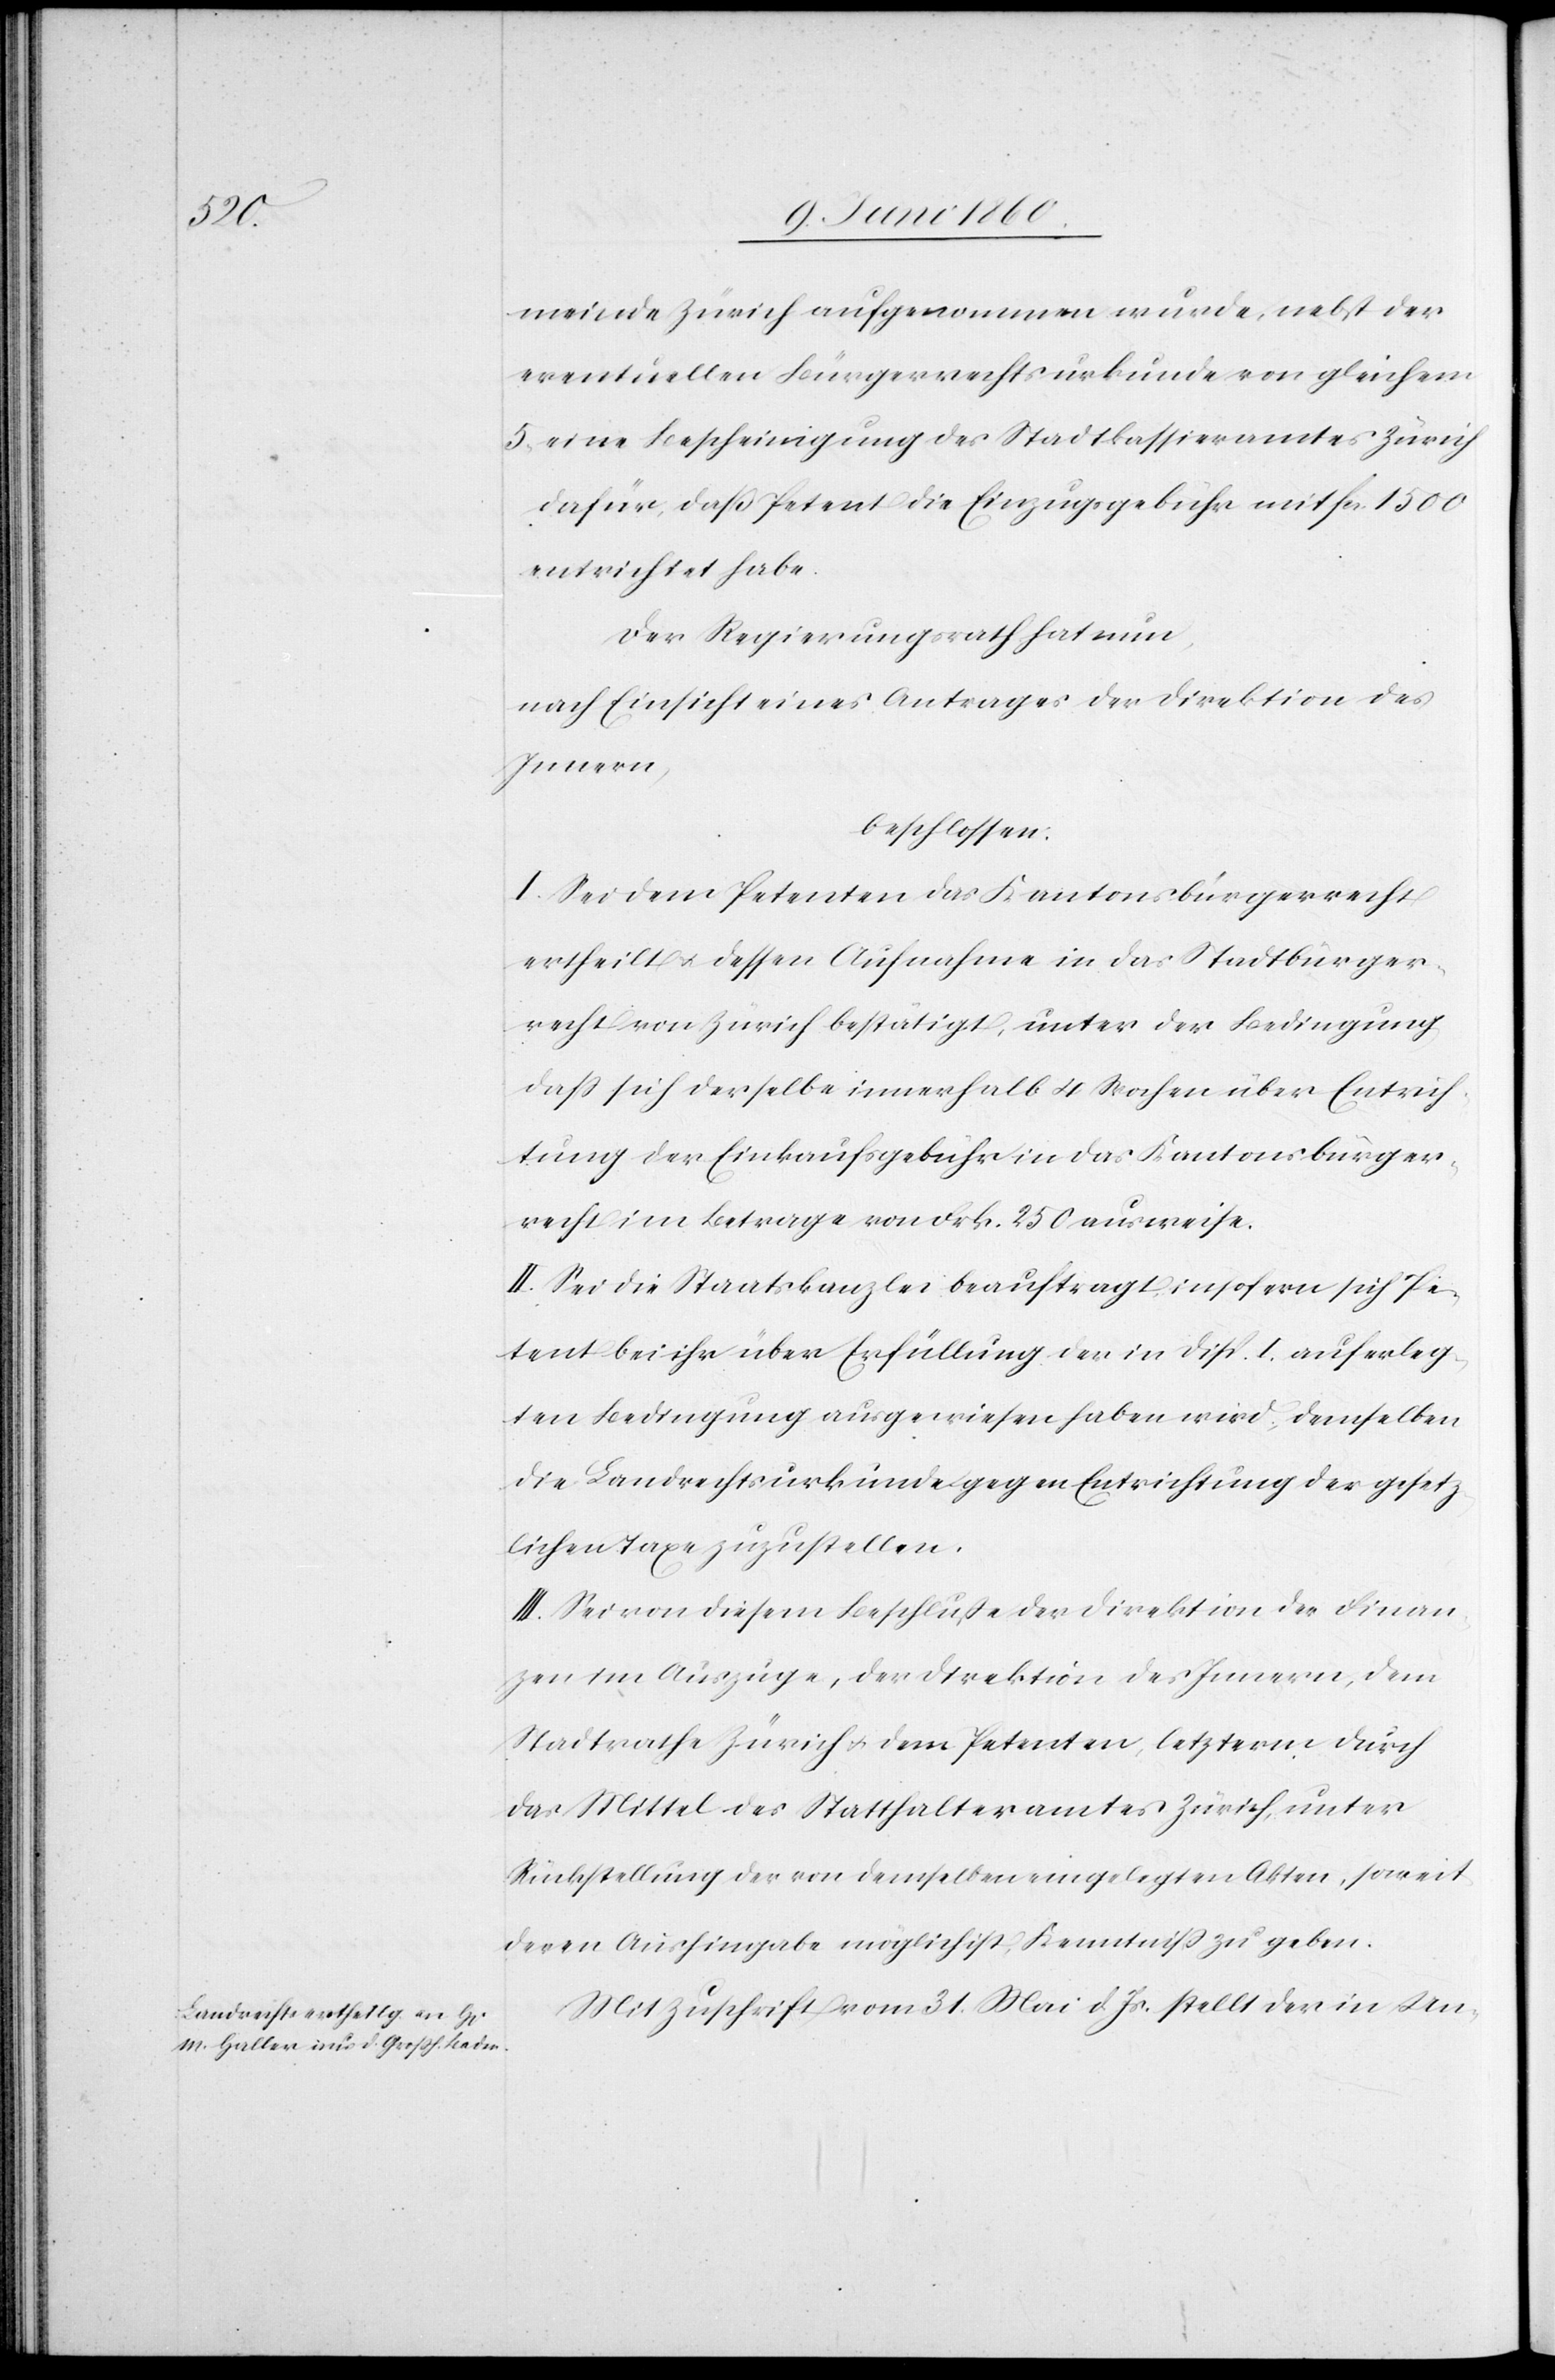
ge¬

meinde Zürich aufgenommen würde, nebst der
eventuellen Bürgerrechtsurkunde von gleichem.
5. eine Bescheinigung des Stadtkassieramtes Zürich
dafür, daß Petent die Einzugsgebühr mit fcs. 1500
entrichtet habe.
Der Regierungsrath hat nun,
nach Einsicht eines Antrages der Direktion des
Innern,
beschlossen:
I. Sei dem Petenten das Kantonsbürgerrecht
ertheilt u. dessen Aufnahme in das Stadtbürger¬
recht von Zürich bestätigt, unter der Bedingung
dass sich derselbe innerhalb 4 Wochen über Entrich¬
tung der Einkaufsgebühr in das Kantonsbürger¬
recht im Betrag von Frk. 250 ausweise.
II. Sei die Staatskanzlei beauftragt, insofern sich Pe¬
tent bei ihr über Erfüllung der in Disp. I. auferleg¬
ten Bedingung ausgewiesen haben wird, demselben
die Landrechtsurkunde gegen Entrichtung der gesetz¬
lichen Taxe zuzustellen.
III. Sei von diesem Beschlusse der Direktion der Finan¬
zen im Auszuge, der Direktion des Innern, dem
Stadtrathe Zürich u. dem Petenten, letzterm durch
das Mittel des Statthalteramtes Zürich, unter
Rückstellung der von demselben eingelegten Akten, soweit
deren Aushingabe möglich ist, Kenntniss zu geben.
Mit Zuschrift vom 31. Mai d. Js. stellt der in Un-